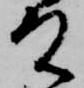
殿